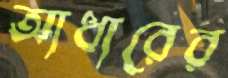
আধারের